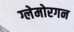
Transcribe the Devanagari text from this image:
ग्लेमोरगन